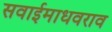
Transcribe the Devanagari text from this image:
सवाईमाधवराव